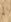
لم